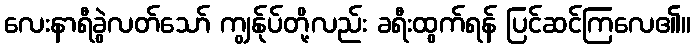
လေးနာရီခွဲလတ်သော် ကျွန်ုပ်တို့လည်း ခရီးထွက်ရန် ပြင်ဆင်ကြလေ၏။